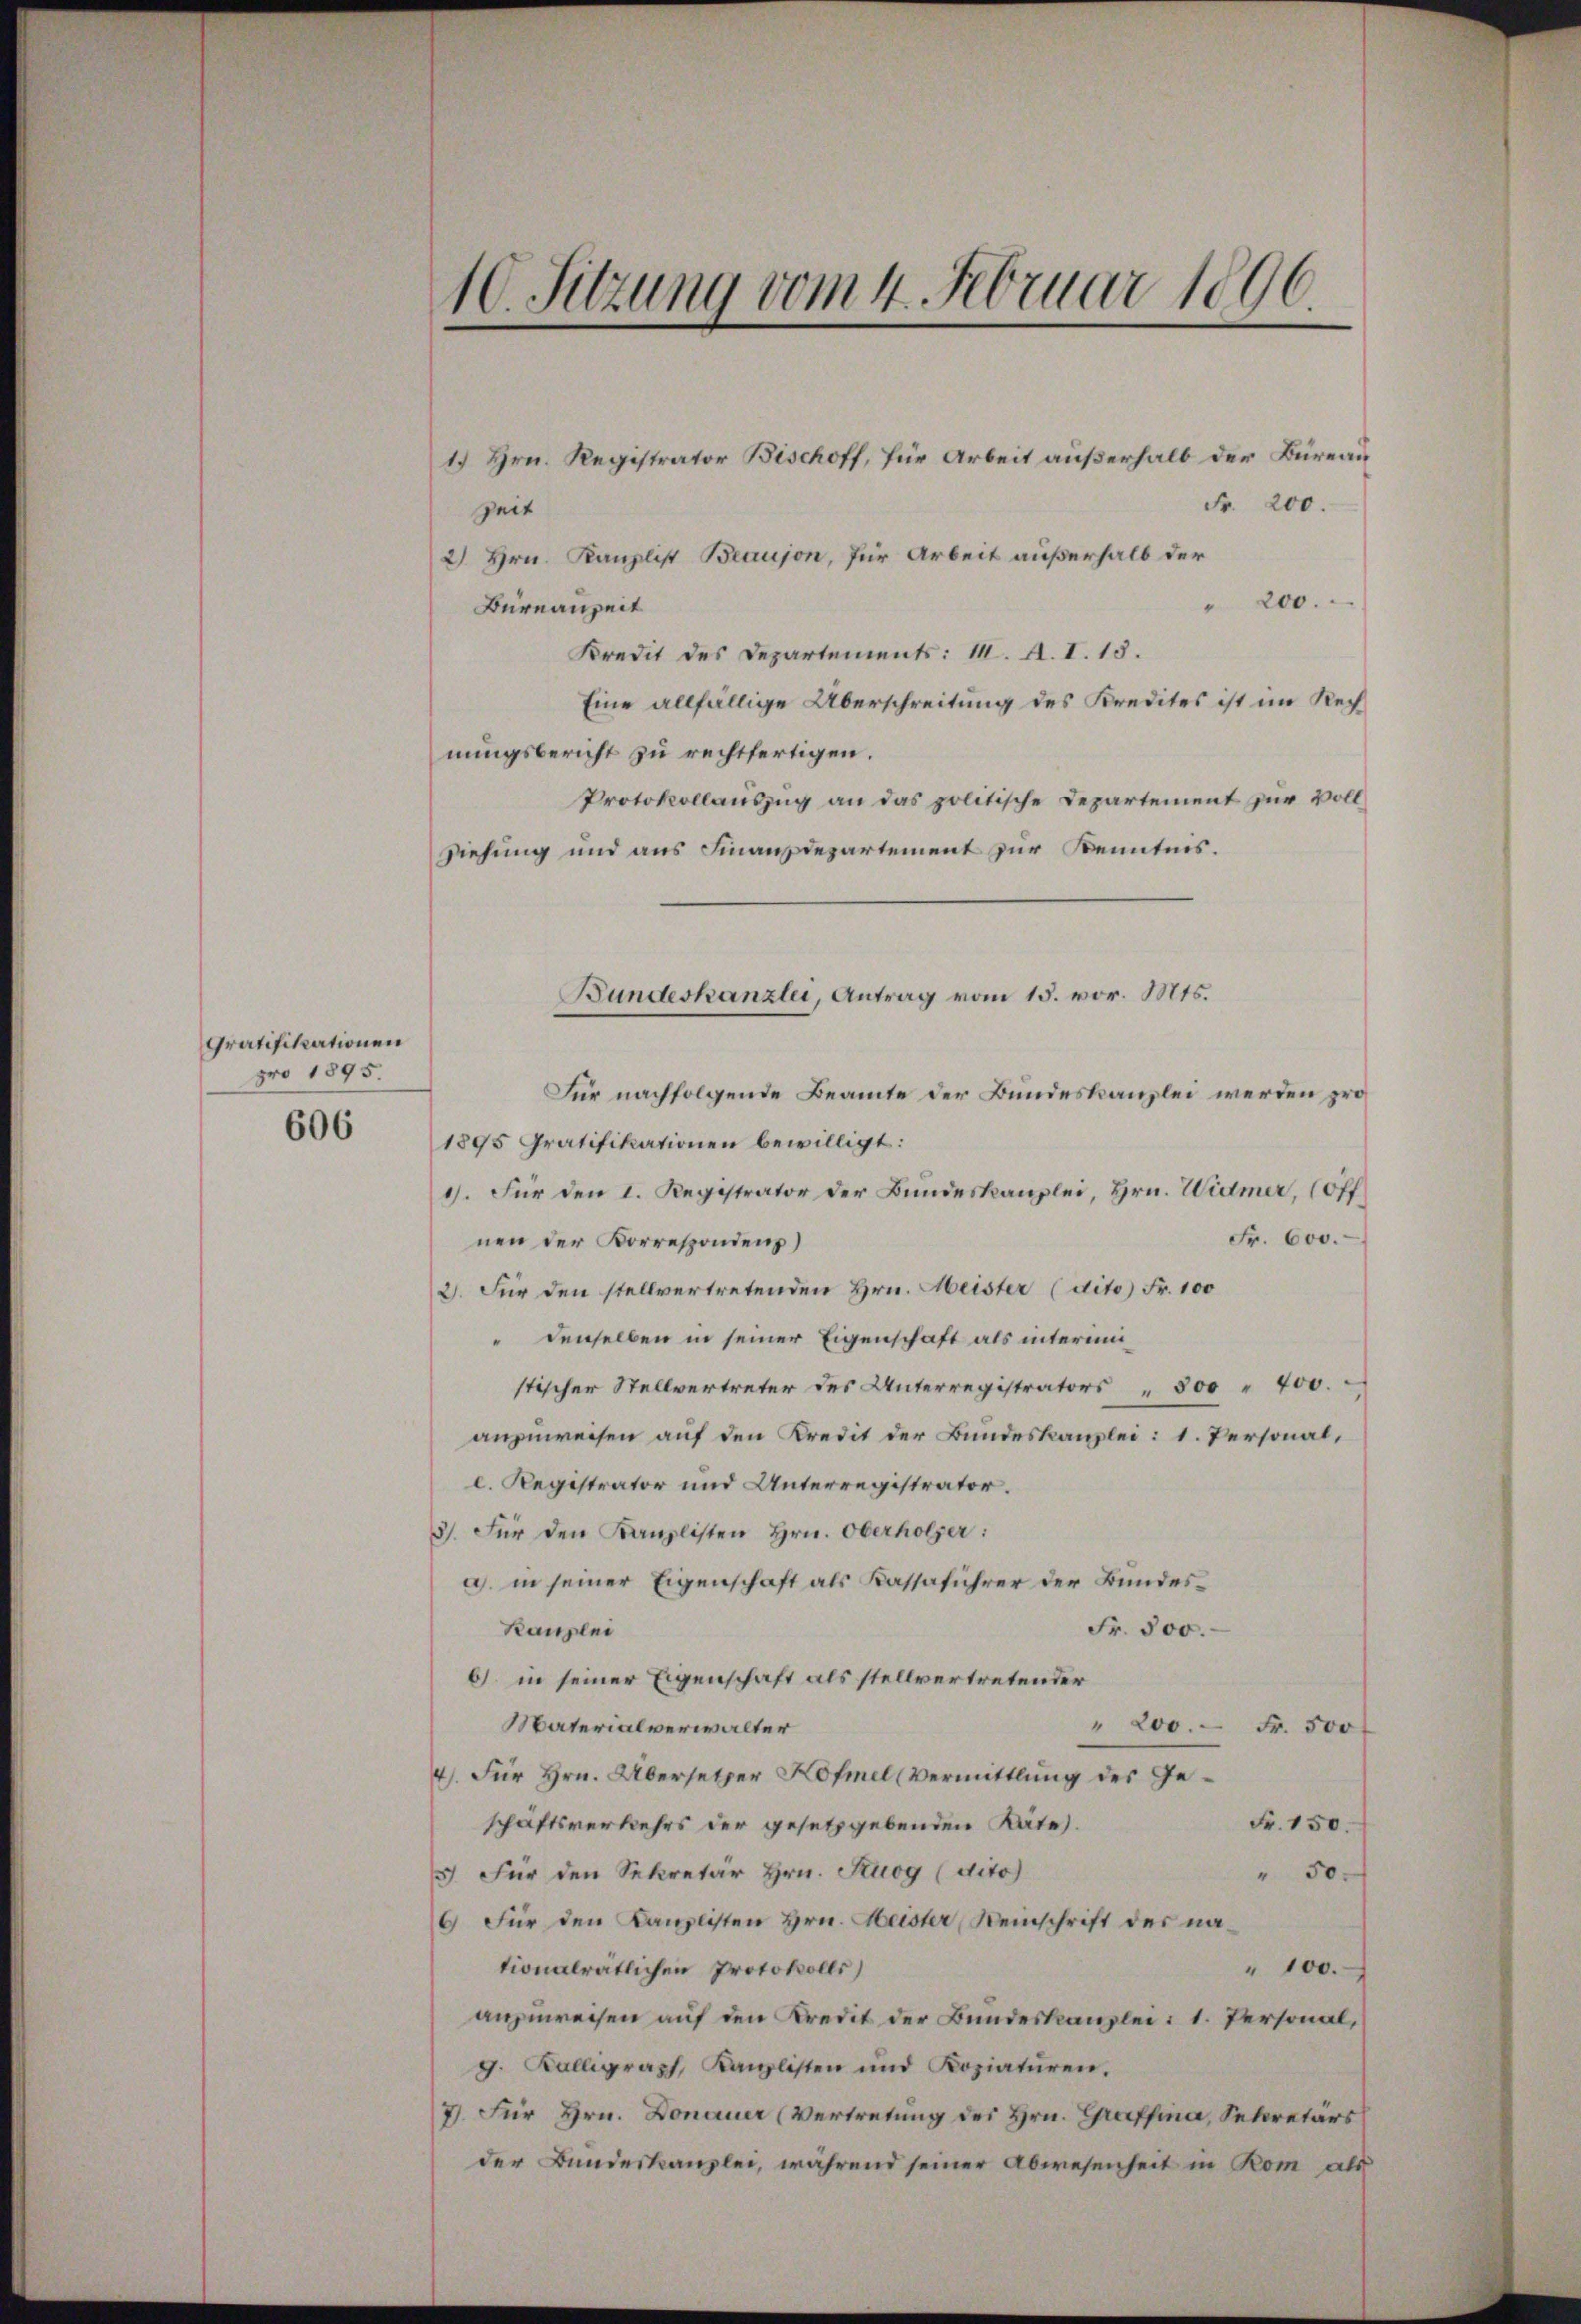
Gratifikationen
pro 1895.
606

10. Sitzung vom 4. Februar 1896.

Fr. 200.
Zeit
2) Hrn. Kanzlist Beaujon, für Arbeit außerhalb der
" 200.
Bureauzeit
Kredit des Departements: 1. A. I. 13.
Eine allfällige Überschreitung des Kredites ist im Rechnungsbericht zu rechtfertigen.
Protokollauszug an das politische Departement zur Vollziehung und aus Finanzdepartement zur Kenntnis.
Für nachfolgende Beamte der Bundeskanzlei werden pro
1895 Gratifikationen bewilligt:
1). Für den I. Registrator der Bundeskanzlei, Hrn. Widmer, (Off.
Fr. 600.
nen der Korrespondenz)
2. Für den stellvertretenden Hrn. Meister (dito) Fr. 100
" denselben in seiner Eigenschaft als interimistischer Stellvertreter des Unterregistrators " 300 " 400.
anzuweisen auf den Kredit der Bundeskanzlei: 1. Personal,
c. Registrator und Unterregistrator.
3). Für den Kanzlisten Hrn. Oberholzer:
a. in seiner Eigenschaft als Kassaführer der Bundes¬
Kanzlei
Fr. 500.
6) in seiner Eigenschaft als stellvertretender
Materialverwalter
" 200. Fr. 500
4). Für Hrn. Übersetzer Kofmel (Vermittlung des Ge¬
Fr. 150.
schäftsverkehrs der gesetzgebenden Räte.
5) Für den Sekretär Hrn. Kuog (dito
" 50.
6 Für den Kanzlisten Hrn. Heister Weinschrift der nationalrätlichen Protokolls)
" 100.
anzuweisen auf den Kredit der Bundeskanzlei: 1. Personal,
g. Kalligraph, Kanzlisten und Koziaturen.
7. Für Hrn. Donauer (Vertretung des Hrn. Graffina, Sekretärs
der Bundeskanzlei, während seiner Abwesenheit in Rom als

1.) Hrn. Registrator Bischoff, für Arbeit außerhalb der Büreau

Bundeskanzlei, Antrag vom 15. vor. Mts.